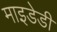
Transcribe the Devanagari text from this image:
माइडेडी